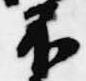
不